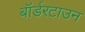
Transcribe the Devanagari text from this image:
बॉर्डरटाउन